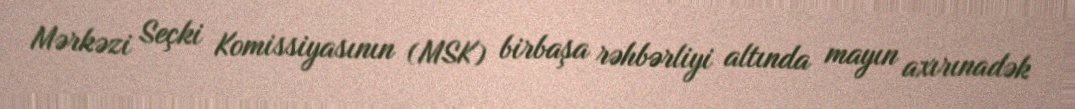
Mərkəzi Seçki Komissiyasının (MSK) birbaşa rəhbərliyi altında mayın axırınadək